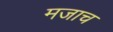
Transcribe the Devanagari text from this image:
मजाच